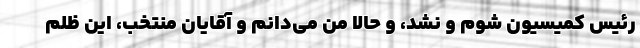
رئیس کمیسیون شوم و نشد، و حالا من می‌دانم و آقایان منتخب، این ظلم